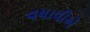
વધાવીએ